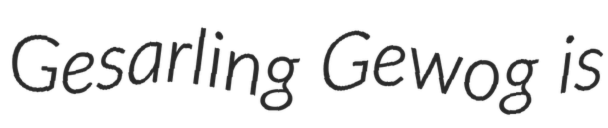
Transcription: Gesarling Gewog is